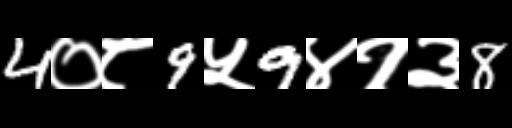
Text: 4०८9५9४१३8